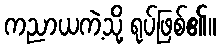
ကညာယကဲ့သို့ ရုပ်ဖြစ်၏။